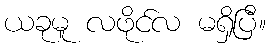
ယခုမူ လဖိုင်လ မရှိပြီ။